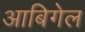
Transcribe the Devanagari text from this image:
आबिगेल